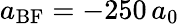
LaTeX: a_{\mathrm{BF}}=-250\, a_{0}